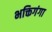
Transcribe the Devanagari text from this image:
भक्तिगंगा